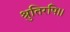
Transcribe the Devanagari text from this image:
श्रुतिरपि।।